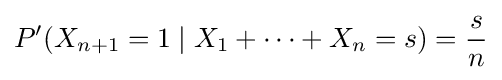
P'(X_{n+1}=1\mid X_{1}+\cdots +X_{n}=s)={s \over n}